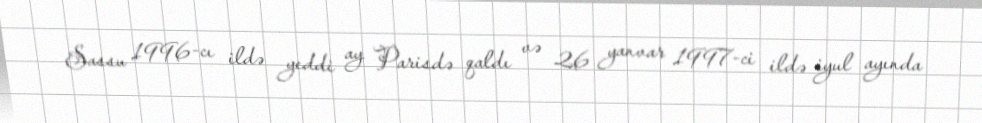
Sassu 1996-cı ildə yeddi ay Parisdə qaldı və 26 yanvar 1997-ci ildə iyul ayında